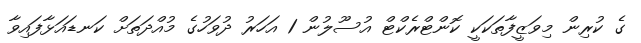
ގެ ކުރިން މިވަޒީފާތަކަކީ ކޮންޓްރެކްޓް އުސޫލުން 1 އަހަރު ދުވަހުގެ މުއްދަތަށް ކަނޑައަޅާފައިވާ